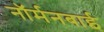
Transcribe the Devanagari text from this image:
नॉर्मनबाई